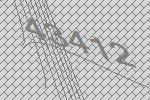
43412